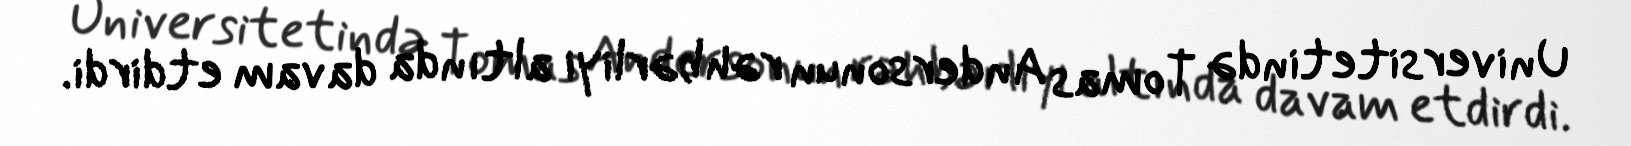
Universitetində Tomas Andersonun rəhbərliyi altında davam etdirdi.